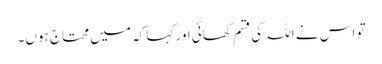
تو اس نے اللہ کی قسم کھائی اور کہا کہ میں محتاج ہوں۔